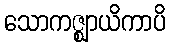
သောကဇ္ဈာယိကာပိ